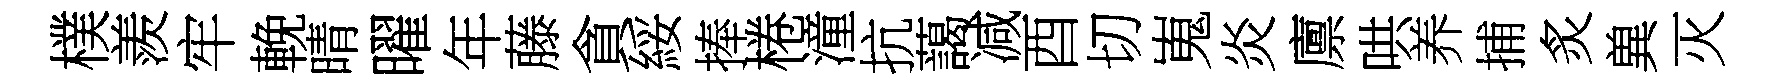
樸羨牢輓晴曜年藤貪綏捧棬潼抗藹减酉切嵬炎廪哄养捕炙兾灭